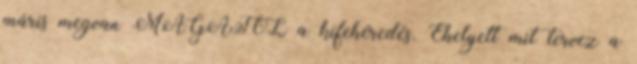
máris megvan MAGÁTÓL a kifehéredés. Ehelyett mit tervez a